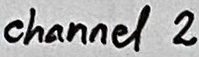
Text: channel 2